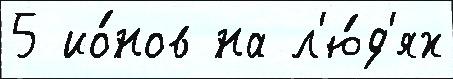
5 ио́нов на л'ю́д'ях